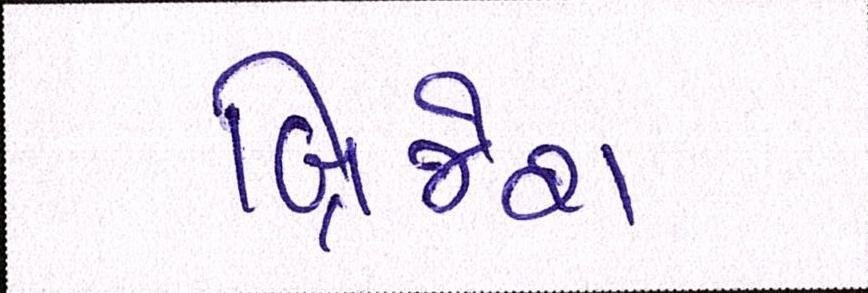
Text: બ્રિજેશ